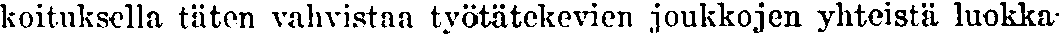
koituksella täten vahvistaa työtätekevien joukkojen yhteistä luokka-